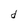
Character: d